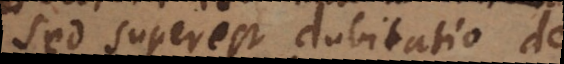
Sed superest dubitatio de